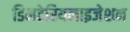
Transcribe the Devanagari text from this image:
डिमटेरियलाइजेशन